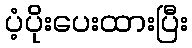
ပံ့ပိုးပေးထားပြီး